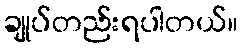
ချုပ်တည်းရပါတယ်။